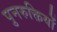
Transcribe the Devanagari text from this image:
पुनरुक्तियों